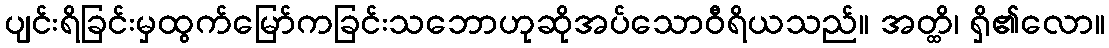
ပျင်းရိခြင်းမှထွက်မြော်ကခြင်းသဘောဟုဆိုအပ်သောဝီရိယသည်။ အတ္ထိ၊ ရှိ၏လော။